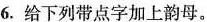
6.给下列带点字加上韵母。